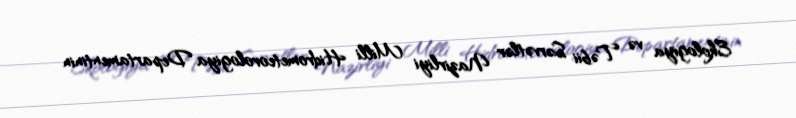
Ekologiya və Təbii Sərvətlər Nazirliyi Milli Hidrometeorologiya Departamentinin